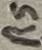
Text: RS